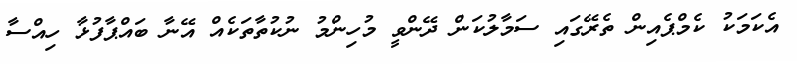
އެކަމަކު ކެމްޕެއިން ތެރޭގައި ސަމާލުކަން ދޭންވީ މުހިންމު ނުކުތާތަކެއް އޭނާ ބައްޕާފުޅާ ހިއްސާ